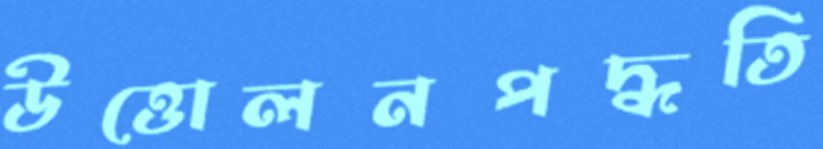
উত্তোলনপদ্ধতি